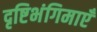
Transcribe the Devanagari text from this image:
दृष्टिभंगिमाएँ